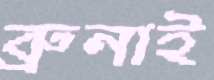
ব্রুনাই